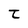
Character: t